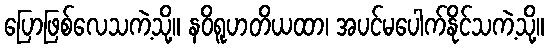
ပြောဖြစ်လေသကဲ့သို့။ နဝိရူဟတိယထာ၊ အပင်မပေါက်နိုင်သကဲ့သို့။